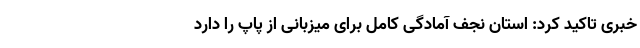
خبری تاکید کرد: استان نجف آمادگی کامل برای میزبانی از پاپ را دارد